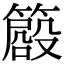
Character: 𥳨